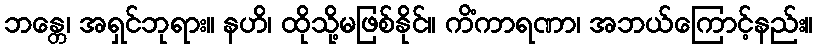
ဘန္တေ၊ အရှင်ဘုရား။ နဟိ၊ ထိုသို့မဖြစ်နိုင်။ ကိံကာရဏာ၊ အဘယ်ကြောင့်နည်း။